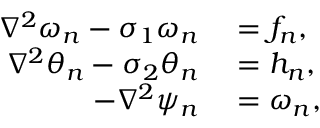
\begin{array} { r l } { \nabla ^ { 2 } \omega _ { n } - \sigma _ { 1 } \omega _ { n } } & { { } = f _ { n } , } \\ { \nabla ^ { 2 } \theta _ { n } - \sigma _ { 2 } \theta _ { n } } & { { } = h _ { n } , } \\ { - \nabla ^ { 2 } \psi _ { n } } & { { } = \omega _ { n } , } \end{array}